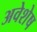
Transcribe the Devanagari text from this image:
अवेशेष